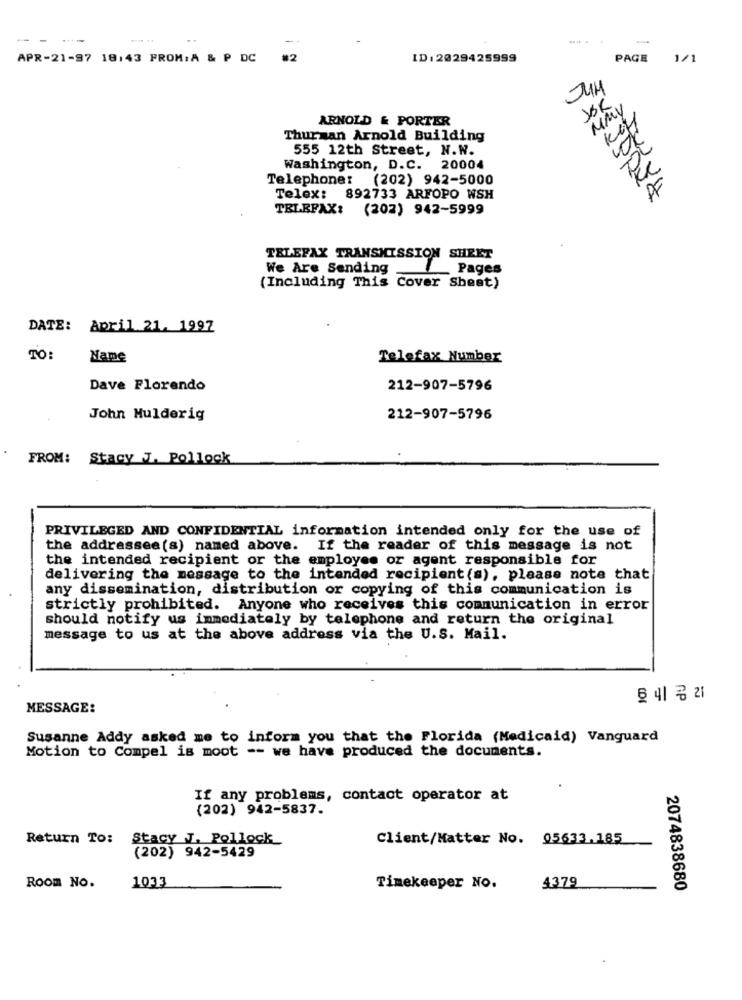
--
....
-
APR-21-97 18:43 FROM: A & P DC
#2
ID : 2029425999
PAGE
1/1
JOR
MMV
ARNOLD & PORTER
Thurman Arnold Building
555 12th Street, N.W.
Washington, D.C. 20004
Telephone: (202) 942-5000
Telex: 892733 ARFOPO WSH
TELEFAX:
(202) 942-5999
TELEFAX TRANSMISSION SHEET
We Are Sending
Pages
(Including This Cover Sheet)
DATE: April 21. 1997
TO:
Name
Telefax Number
Dave Florendo
212-907-5796
John Mulderig
212-907-5796
FROM: Stacy 7. Pollock
PRIVILEGED AND CONFIDENTIAL information intended only for the use of
the addressee (s) named above. If the reader of this message is not
the intended recipient or the employee or agent responsible for
delivering the message to the intended recipient (s), please note that
any dissemination, distribution or copying of this communication is
strictly prohibited. Anyone who receives this communication in error
should notify us immediately by telephone and return the original
message to us at the above address via the U.S. Mail.
MESSAGE:
Susanne Addy asked me to inform you that the Florida (Medicaid) Vanguard
Motion to Compel is moot -- we have produced the documents.
If any problems, contact operator at
(202) 942-5837.
Return To:
Stacy J. Pollock
Client/Matter No. 05633.185
(202) 942-5429
1033
Room No.
Timekeeper No.
4379
2074838680